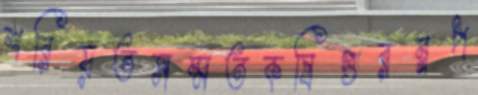
শরিয়তসম্মতকষিগুরম্নপ